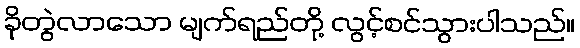
ခိုတွဲလာသော မျက်ရည်တို့ လွင့်စင်သွားပါသည်။